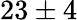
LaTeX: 23\pm 4